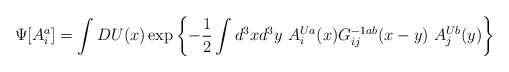
\begin{align*}\Psi[A_i^a]=\int DU(x) \exp\left\{-{1\over 2}\int d^{3}x d^{3}y\ A_i^{Ua}(x)G^{-1ab}_{ij}(x-y)\ A_j^{Ub}(y)\right\}\end{align*}